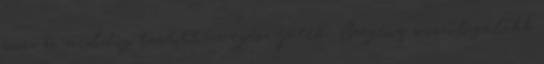
rossz és meddig tartott az egész játék Szegény szöszi.legalább